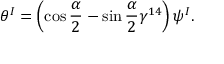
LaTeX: \theta ^ { I } = \left( \cos \frac { \alpha } { 2 } - \sin \frac { \alpha } { 2 } \gamma ^ { 1 4 } \right) \psi ^ { I } .